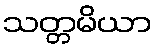
သတ္တမိယာ